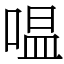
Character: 嗢